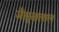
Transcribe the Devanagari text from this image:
जैसुखलाल